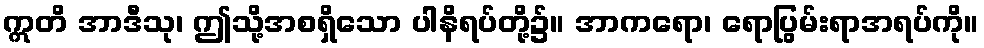
ဣတိ အာဒီသု၊ ဤသို့အစရှိသော ပါနိရပ်တို့၌။ အာကရော၊ ရောပြွမ်းရာအရပ်ကို။